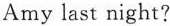
Amy last night?